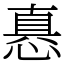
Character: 㥲